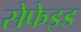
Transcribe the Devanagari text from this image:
सेफेइड